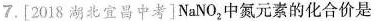
7.[2018湖北宜昌中考]NaNO_{2}中氮元素的化合价是